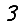
Digit: 3